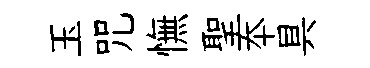
玉咒憮聖夲具